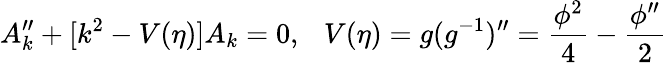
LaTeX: A_{k}^{\prime\prime}+[k^{2}-V(\eta)]A_{k}=0,~~~V(\eta)=g(g^{-1})^{\prime\prime}=\frac{\phi^{2}}{4}-\frac{\phi^{\prime\prime}}{2}